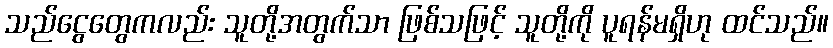
သည်ငွေတွေကလည်း သူတို့အတွက်သာ ဖြစ်သဖြင့် သူတို့ကို ပူရန်မရှိဟု ထင်သည်။